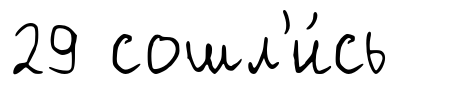
29 сошл'и́сь